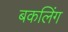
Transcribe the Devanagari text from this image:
बकलिंग